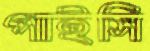
পাইসি